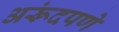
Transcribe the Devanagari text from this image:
अरूंदपणे